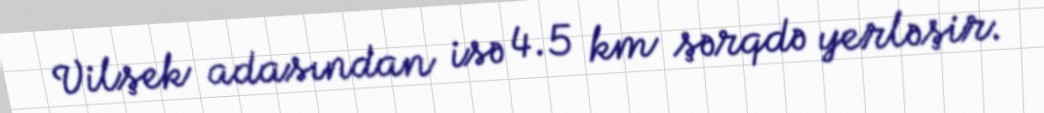
Vilşek adasından isə 4.5 km şərqdə yerləşir.